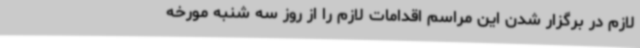
لازم در برگزار شدن این مراسم اقدامات لازم را از روز سه شنبه مورخه